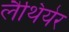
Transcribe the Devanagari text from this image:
लैथियेर